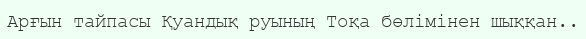
Арғын тайпасы Қуандық руының Тоқа бөлімінен шыққан..